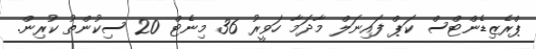
ޕްރެޒިޑެންޓްސް ކަޕް ފައިނަލް މާދަމާ ހަވީރު 36 މިނެޓް 20 ސިކުންތު ކުރިން.